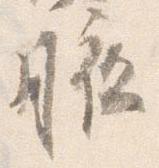
腋